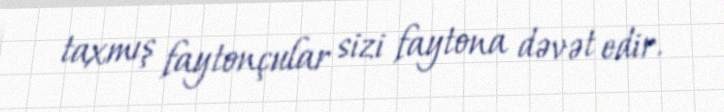
taxmış faytonçular sizi faytona dəvət edir.